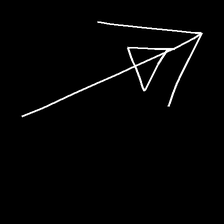
Glyph: pull